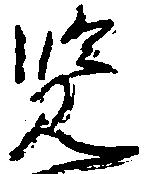
覧